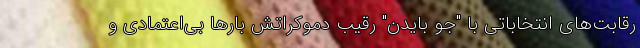
رقابت‌های انتخاباتی با "جو بایدن" رقیب دموکراتش بارها بی‌اعتمادی و